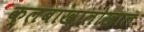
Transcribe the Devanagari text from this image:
क्लबाखालोखाल